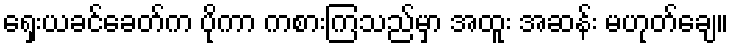
ရှေးယခင်ခေတ်က ပိုကာ ကစားကြသည်မှာ အထူး အဆန်း မဟုတ်ချေ။